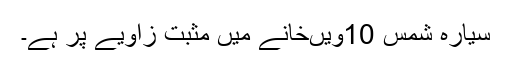
سیارہ شمس 10ویںخانے میں مثبت زاویے پر ہے۔